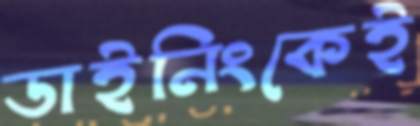
ডাইনিংকেই